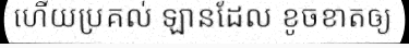
ហើយប្រគល់ ឡានដែល ខូចខាតឲ្យ